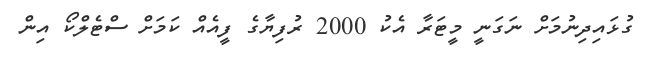
ގުޅައިދިނުމަށް ނަގަނީ މީޓަރާ އެކު 2000 ރުފިޔާގެ ފީއެއް ކަމަށް ސްޓެލްކޯ އިން